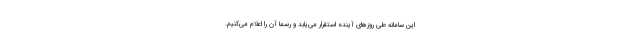
این سامانه طی روزهای آینده استقرار می‌یابد و رسما آن را اعلام می‌کنیم.